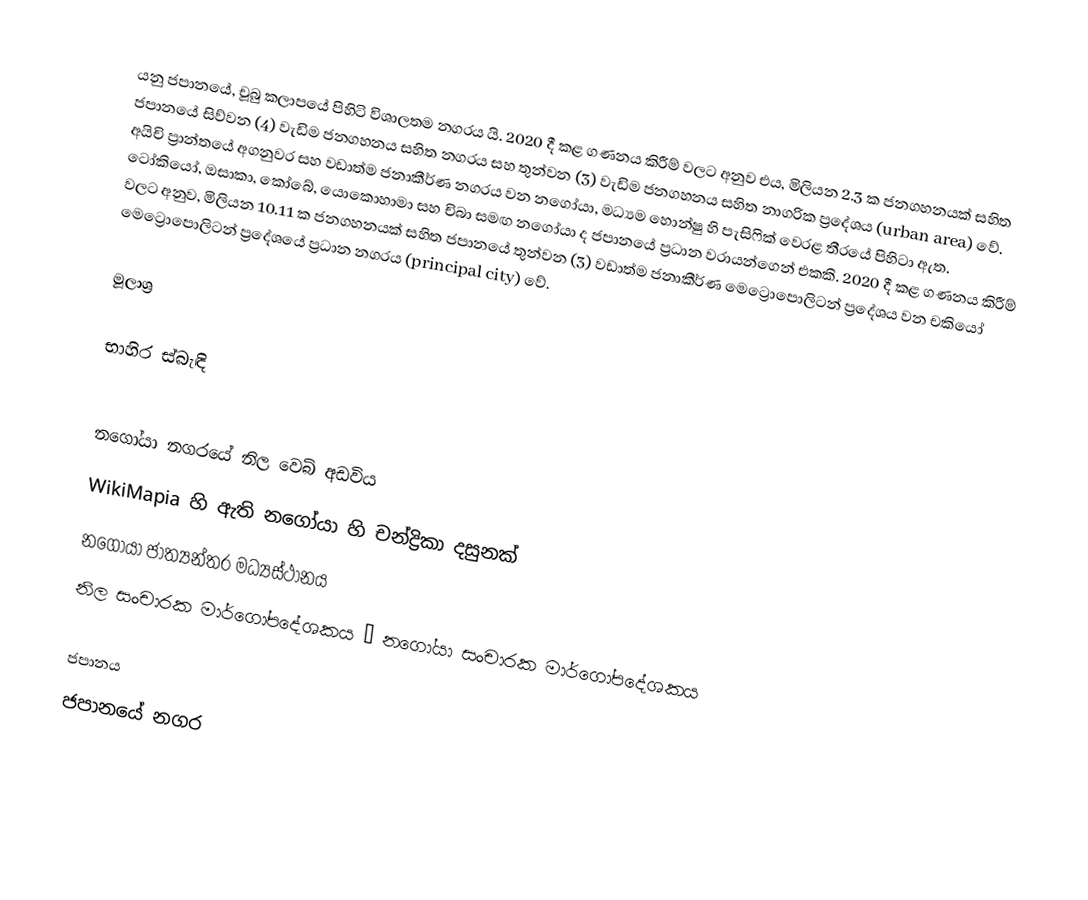
යනු ජපානයේ, චූබු කලාපයේ පිහිටි විශාලතම නගරය යි. 2020 දී කළ ගණනය කිරීම් වලට අනුව එය, මිලියන 2.3 ක ජනගහනයක් සහිත ජපානයේ සිව්වන (4) වැඩිම ජනගහනය සහිත නගරය සහ තුන්වන (3) වැඩිම ජනගහනය සහිත නාගරික ප්‍රදේශය (urban area) වේ. අයිචි ප්‍රාන්තයේ අගනුවර සහ වඩාත්ම ජනාකීර්ණ නගරය වන නගෝයා, මධ්‍යම හොන්ෂු හි පැසිෆික් වෙරළ තීරයේ පිහිටා ඇත. ටෝකියෝ, ඔසාකා, කෝබේ, යොකොහාමා සහ චිබා සමඟ නගෝයා ද ජපානයේ ප්‍රධාන වරායන්ගෙන් එකකි. 2020 දී කළ ගණනය කිරීම් වලට අනුව, මිලියන 10.11 ක ජනගහනයක් සහිත ජපානයේ තුන්වන (3) වඩාත්ම ජනාකීර්ණ මෙට්‍රොපොලිටන් ප්‍රදේශය වන චකියෝ මෙට්‍රොපොලිටන් ප්‍රදේශයේ ප්‍රධාන නගරය (principal city) වේ.

මූලාශ්‍ර

භාහිර ස්බැඳි

 නගෝයා නගරයේ නිල වෙබ් අඩවිය
 WikiMapia හි ඇති නගෝයා හි චන්ද්‍රිකා දසුනක්
 නගෝයා ජාත්‍යන්තර මධ්‍යස්ථානය
 නිල සංචාරක මාර්ගෝපදේශකය – නගෝයා සංචාරක මාර්ගෝපදේශකය

ජපානය
ජපානයේ නගර